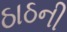
ઠાઠની